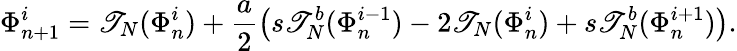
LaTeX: \Phi_{n+1}^{i}=\mathscr{T}_{N}(\Phi_{n}^{i})+\frac{{a}}{{2}}\left(s\mathscr{T}_{N}^{b}(\Phi_{n}^{i-1})-2\mathscr{T}_{N}(\Phi_{n}^{i})+s\mathscr{T}_{N}^{b}(\Phi_{n}^{i+1})\right).